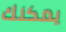
يمكنك